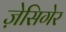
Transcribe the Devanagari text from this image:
ज़ेसिगेर